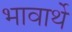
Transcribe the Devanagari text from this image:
भावार्थे